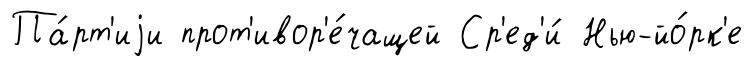
Па́рт'иjи прот'ивор'е́чащей Ср'ед'и́ Нью-йо́рк'е